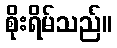
စိုးရိမ်သည်။